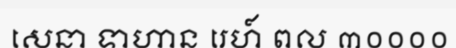
សេនា ទាហាន រេហ៍ ពល ៣០០០០